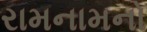
રામનામનો